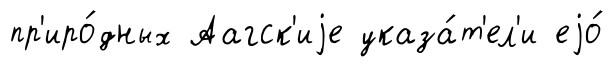
пр'иро́дных Аагск'иjе указа́т'ел'и еjо́